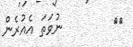
٦٩        ނުވަތަ އެއުރެން